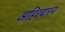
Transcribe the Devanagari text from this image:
अहिरबारन